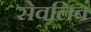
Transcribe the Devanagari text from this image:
सेवलिव